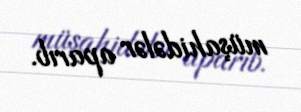
müşahidələr aparıb.